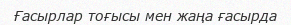
Ғасырлар тоғысы мен жаңа ғасырда